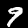
Digit: 9